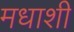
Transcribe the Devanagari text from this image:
मधाशी